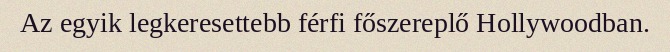
Az egyik legkeresettebb férfi főszereplő Hollywoodban.